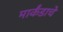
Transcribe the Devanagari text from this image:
मार्कंडाचे